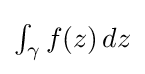
{\textstyle \int _{\gamma }f(z)\,dz}